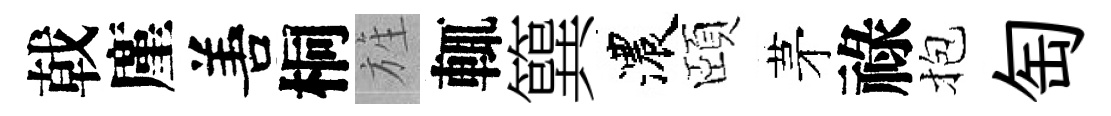
戟廑𠵊桐旌輒簨濃頤茅祿抱匋